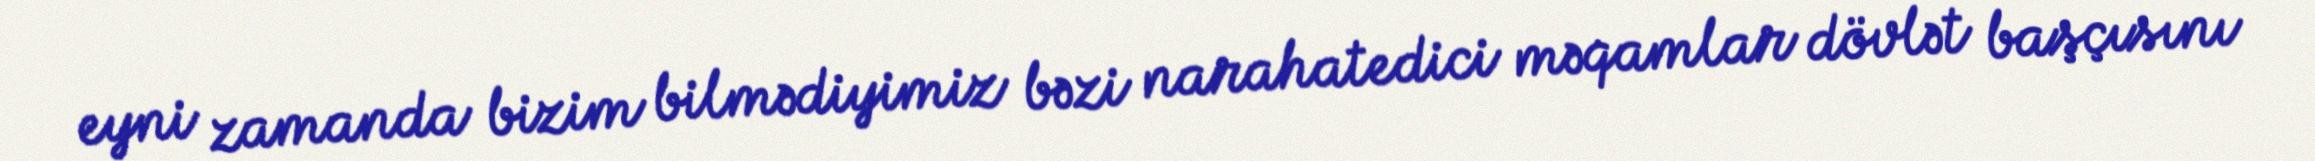
eyni zamanda bizim bilmədiyimiz bəzi narahatedici məqamlar dövlət başçısını